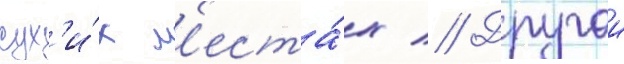
сух'и́х м'еста́х // Другои